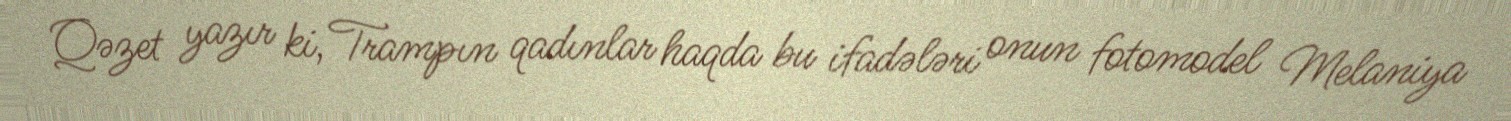
Qəzet yazır ki, Trampın qadınlar haqda bu ifadələri onun fotomodel Melaniya